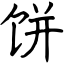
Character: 饼